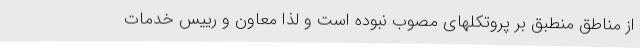
از مناطق منطبق بر پروتکلهای مصوب نبوده است و لذا معاون و رییس خدمات